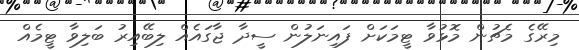
މިރޭގެ މެޗުން މޮޅުވާ ޓީމަކަށް ފައިނަލުން ސީދާ ޖާގައެއް ލިބޭއިރު ބަލިވާ ޓީމެއް